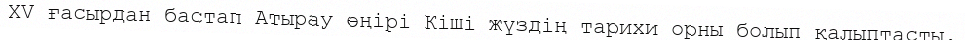
ХV ғасырдан бастап Атырау өңірі Кіші жүздің тарихи орны болып қалыптасты.